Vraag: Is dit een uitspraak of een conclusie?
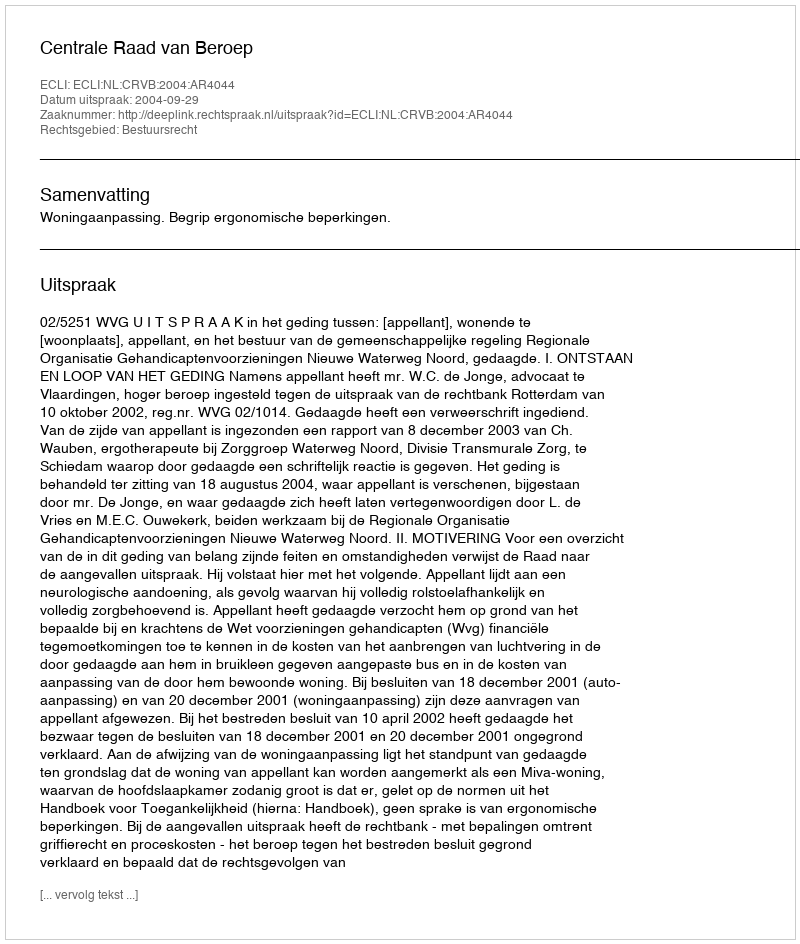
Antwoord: Uitspraak